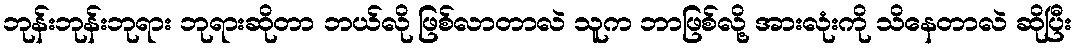
ဘုန်းဘုန်းဘုရား ဘုရားဆိုတာ ဘယ်လို ဖြစ်လာတာလဲ သူက ဘာဖြစ်လို့ အားလုံးကို သိနေတာလဲ ဆိုပြီး